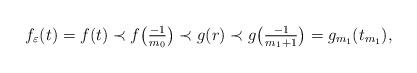
LaTeX: \begin{align*}f_\varepsilon(t)=f(t)\prec f\big(\tfrac{-1}{m_0}\big)\prec g(r)\prec g\big(\tfrac{-1}{m_1+1}\big)=g_{m_1}(t_{m_1}),\end{align*}